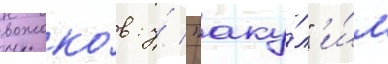
вожако́в: у́ "аку́л" и́м